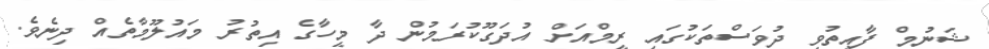
ޝަނުމް ފާއިތުވި ދުވަސްތަކުގައި ރީމްއަށް އުދަގޫކުރަމުން ދާ މީހާގެ އިތުރު މައުލޫމާތެއް ދިނެވެ.